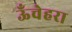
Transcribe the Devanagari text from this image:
ऊँचेहरा